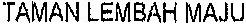
TAMAN LEMBAH MAJU